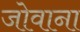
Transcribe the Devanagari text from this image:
जोवाना